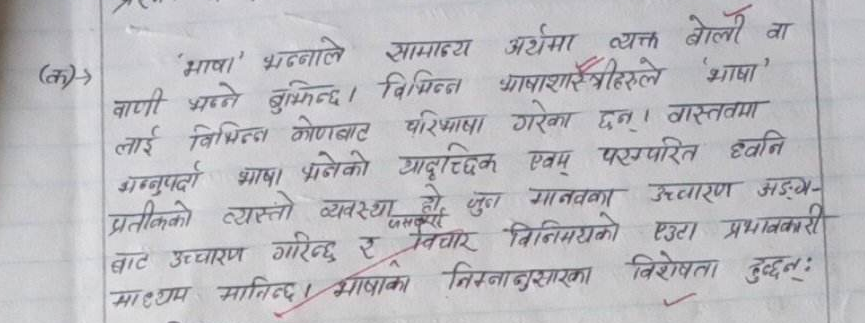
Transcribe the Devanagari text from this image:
(क)→ 'भाषा' भन्नाले सामान्य अर्थमा व्यक्त बोली वा
वाणी भन्ने बुझिन्छ । विभिन्न भाषाशास्त्रीहरूले 'भाषा'
लाई विभिन्न कोणबाट परिभाषा गरेका छन् । वास्तवमा
भाषा भनेको यादृच्छिक एवं परम्परागत ध्वनि,
अणुप्रतिको व्यस्तो व्यवस्था हो, जुन मानवका उच्चारण अङ्ग-
बाट उच्चारण गरिन्छ र विचार विनिमयको एउटा प्रभावकारी
माध्यम मानिन्छ । भाषाका निम्नअनुसारका विशेषता हुन्छन्: